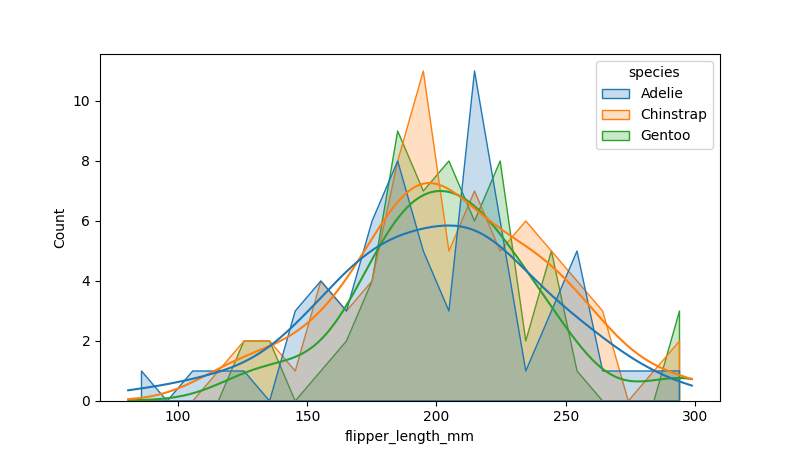
python, seaborn, histplot, hue='species', binwidth=10, bins='auto', element='poly'